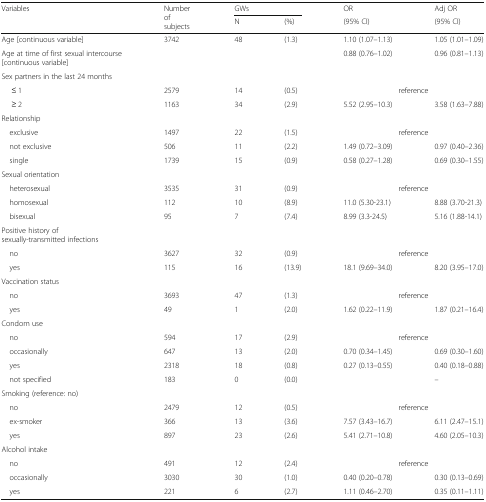
<table><thead><tr><td rowspan="2"><b>Variables</b></td><td rowspan="2"><b>Number of subjects</b></td><td colspan="2"><b>GWs</b></td><td><b>OR</b></td><td><b>Adj OR</b></td></tr><tr><td><b>N</b></td><td><b>(%)</b></td><td><b>(95% CI)</b></td><td><b>(95% CI)</b></td></tr></thead><tbody><tr><td>Age [continuous variable]</td><td rowspan="2">3742</td><td rowspan="2">48</td><td rowspan="2">(1.3)</td><td>1.10 (1.07–1.13)</td><td>1.05 (1.01–1.09)</td></tr><tr><td>Age at time of first sexual intercourse [continuous variable]</td><td>0.88 (0.76–1.02)</td><td>0.96 (0.81–1.13)</td></tr><tr><td colspan="6">Sex partners in the last 24 months</td></tr><tr><td>≤ 1</td><td>2579</td><td>14</td><td>(0.5)</td><td colspan="2">reference</td></tr><tr><td>≥ 2</td><td>1163</td><td>34</td><td>(2.9)</td><td>5.52 (2.95–10.3)</td><td>3.58 (1.63–7.88)</td></tr><tr><td colspan="6">Relationship</td></tr><tr><td> exclusive</td><td>1497</td><td>22</td><td>(1.5)</td><td colspan="2">reference</td></tr><tr><td> not exclusive</td><td>506</td><td>11</td><td>(2.2)</td><td>1.49 (0.72–3.09)</td><td>0.97 (0.40–2.36)</td></tr><tr><td> single</td><td>1739</td><td>15</td><td>(0.9)</td><td>0.58 (0.27–1.28)</td><td>0.69 (0.30–1.55)</td></tr><tr><td colspan="6">Sexual orientation</td></tr><tr><td> heterosexual</td><td>3535</td><td>31</td><td>(0.9)</td><td colspan="2">reference</td></tr><tr><td> homosexual</td><td>112</td><td>10</td><td>(8.9)</td><td>11.0 (5.30-23.1)</td><td>8.88 (3.70-21.3)</td></tr><tr><td> bisexual</td><td>95</td><td>7</td><td>(7.4)</td><td>8.99 (3.3-24.5)</td><td>5.16 (1.88-14.1)</td></tr><tr><td colspan="6">Positive history of sexually-transmitted infections</td></tr><tr><td> no</td><td>3627</td><td>32</td><td>(0.9)</td><td colspan="2">reference</td></tr><tr><td> yes</td><td>115</td><td>16</td><td>(13.9)</td><td>18.1 (9.69–34.0)</td><td>8.20 (3.95–17.0)</td></tr><tr><td colspan="6">Vaccination status</td></tr><tr><td> no</td><td>3693</td><td>47</td><td>(1.3)</td><td colspan="2">reference</td></tr><tr><td> yes</td><td>49</td><td>1</td><td>(2.0)</td><td>1.62 (0.22–11.9)</td><td>1.87 (0.21–16.4)</td></tr><tr><td colspan="6">Condom use</td></tr><tr><td> no</td><td>594</td><td>17</td><td>(2.9)</td><td colspan="2">reference</td></tr><tr><td> occasionally</td><td>647</td><td>13</td><td>(2.0)</td><td>0.70 (0.34–1.45)</td><td>0.69 (0.30–1.60)</td></tr><tr><td> yes</td><td>2318</td><td>18</td><td>(0.8)</td><td>0.27 (0.13–0.55)</td><td>0.40 (0.18–0.88)</td></tr><tr><td> not specified</td><td>183</td><td>0</td><td>(0.0)</td><td></td><td>–</td></tr><tr><td colspan="6">Smoking (reference: no)</td></tr><tr><td> no</td><td>2479</td><td>12</td><td>(0.5)</td><td colspan="2">reference</td></tr><tr><td> ex-smoker</td><td>366</td><td>13</td><td>(3.6)</td><td>7.57 (3.43–16.7)</td><td>6.11 (2.47–15.1)</td></tr><tr><td> yes</td><td>897</td><td>23</td><td>(2.6)</td><td>5.41 (2.71–10.8)</td><td>4.60 (2.05–10.3)</td></tr><tr><td colspan="6">Alcohol intake</td></tr><tr><td> no</td><td>491</td><td>12</td><td>(2.4)</td><td colspan="2">reference</td></tr><tr><td> occasionally</td><td>3030</td><td>30</td><td>(1.0)</td><td>0.40 (0.20–0.78)</td><td>0.30 (0.13–0.69)</td></tr><tr><td> yes</td><td>221</td><td>6</td><td>(2.7)</td><td>1.11 (0.46–2.70)</td><td>0.35 (0.11–1.11)</td></tr></tbody></table>